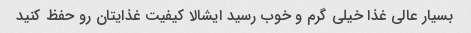
بسیار عالی غذا خیلی گرم و خوب رسید ایشالا کیفیت غذایتان رو حفظ کنید